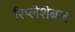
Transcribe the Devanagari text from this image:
रिप्लेशेबल